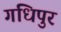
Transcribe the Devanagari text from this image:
गधिपुर